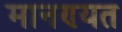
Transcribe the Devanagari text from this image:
मानण्यत